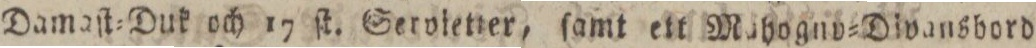
Damaſt=Duk och 17 ſt. Seroietter, ſamt ett Mahogno=Divansbord